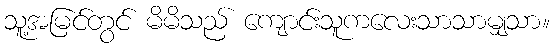
သူ့အမြင်တွင် မိမိသည် ကျောင်းသူကလေးသာသာမျှသာ။